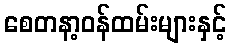
စေတနာ့ဝန်ထမ်းများနှင့်